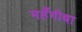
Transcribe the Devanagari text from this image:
महँगीबा